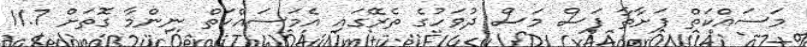
މަސައްކަތް ފަށާތާ ފަސް މަސް ދުވަހުގެ ތެރޭގައި އެމަސައްކަތް ނިންމާ ގޮތަށް 11.7